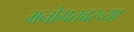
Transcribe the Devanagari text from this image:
मनोगतवरच्या